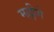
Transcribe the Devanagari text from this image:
मल्लीगे